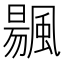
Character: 䬗